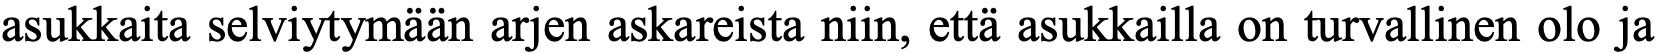
asukkaita selviytymään arjen askareista niin, että asukkailla on turvallinen olo ja